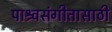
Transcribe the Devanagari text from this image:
पाश्र्वसंगीतासाठी